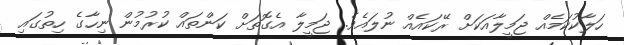
ހަލާކުކަމެއް ޖަމީލާއަކަށް ރޭކައެއް ނުލައެވެ. ޖަމީލާ އެގޮތަށް ކަންތައް ކުރުމުން ނިހާގެ ހިތުގައި